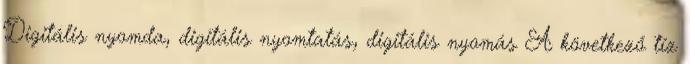
Digitális nyomda, digitális nyomtatás, digitális nyomás A következő tíz